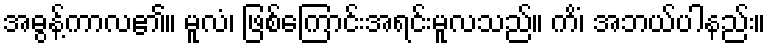
အဓွန့်ကာလ၏။ မူလံ၊ ဖြစ်ကြောင်းအရင်းမူလသည်။ ကိံ၊ အဘယ်ပါနည်း။